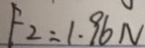
F _ { 2 } = 1 . 9 6 N